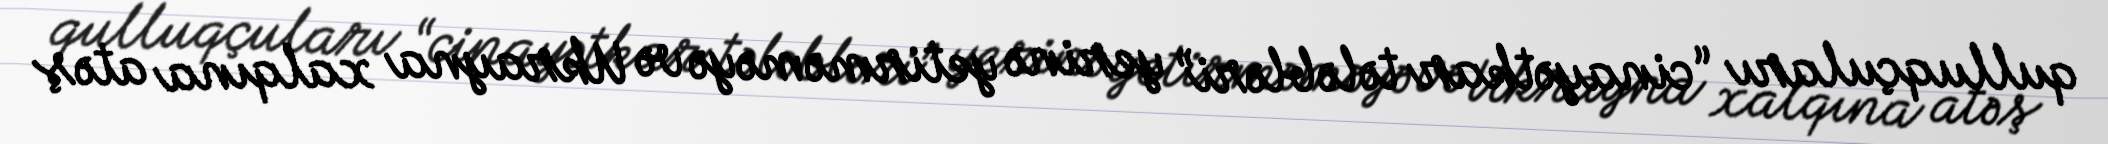
qulluqçuları “cinayətkar tələbləri” yerinə yetirməməyə və Ukrayna xalqına atəş